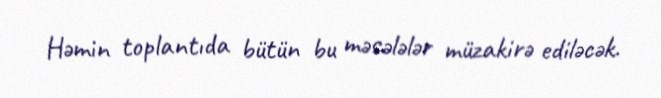
Həmin toplantıda bütün bu məsələlər müzakirə ediləcək.